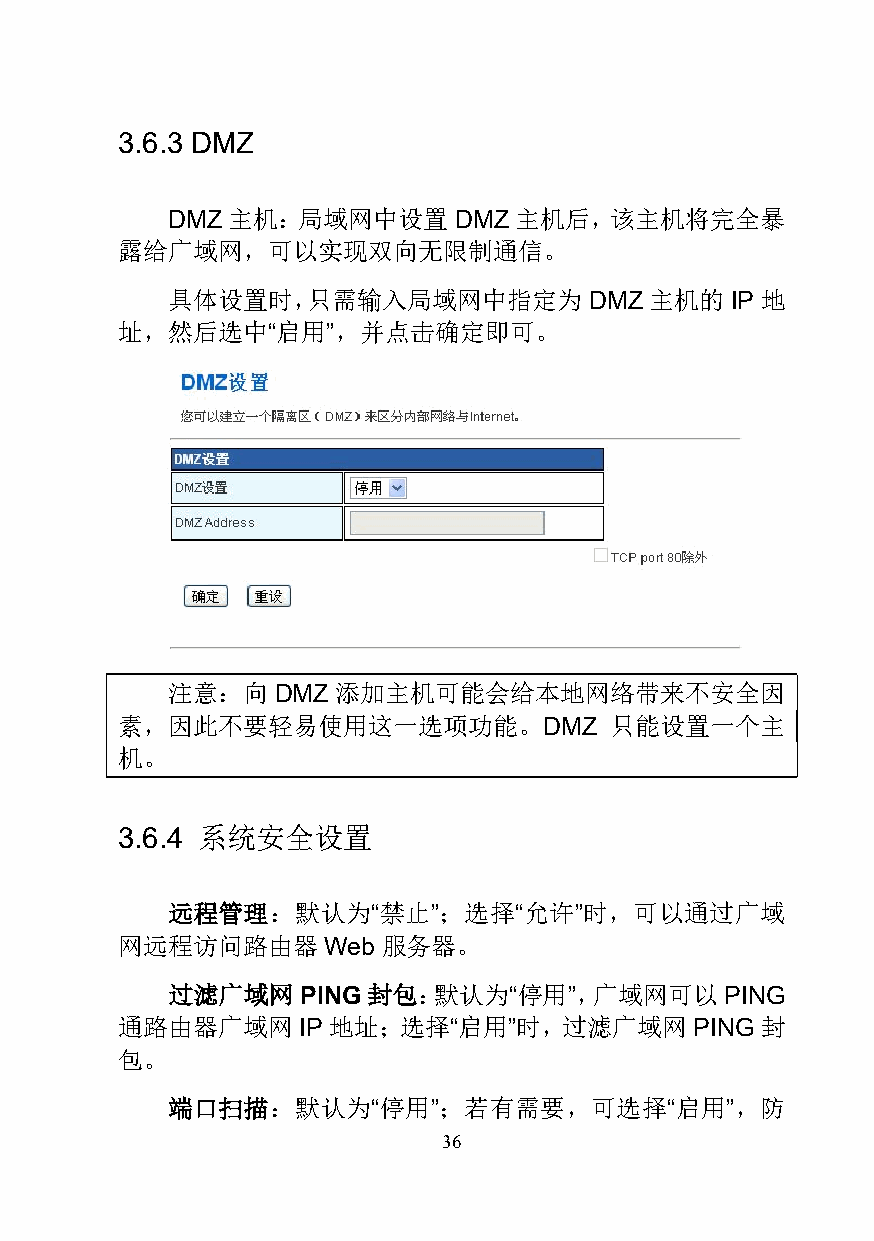
3.6.3 DMZ
 DMZ主机：局域网中设置       DMZ主机后，该主机将完全暴
 露给广域网，可以实现双向无限制通信。
 具体设置时，只需输入局域网中指定为           DMZ 主机的  IP 地
 址，然后选中“启用”，并点击确定即可。
 注意：向   DMZ 添加主机可能会给本地网络带来不安全因
 素，因此不要轻易使用这一选项功能。DMZ            只能设置一个主
 机。
 3.6.4 系统安全设置
 远程管理：默认为“禁止”；选择“允许”时，可以通过广域
 网远程访问路由器     Web 服务器。
 过滤广域网    PING封包：默认为“停用”，广域网可以        PING
 通路由器广域网     IP 地址；选择“启用”时，过滤广域网       PING封
 包。
 端口扫描：默认为“停用”；若有需要，可选择“启用”，防
 36